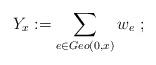
LaTeX: \begin{align*}Y_x:= \sum_{e \in Geo(0,x)} w_e\ ;\end{align*}